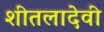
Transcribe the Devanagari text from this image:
शीतलादेवी